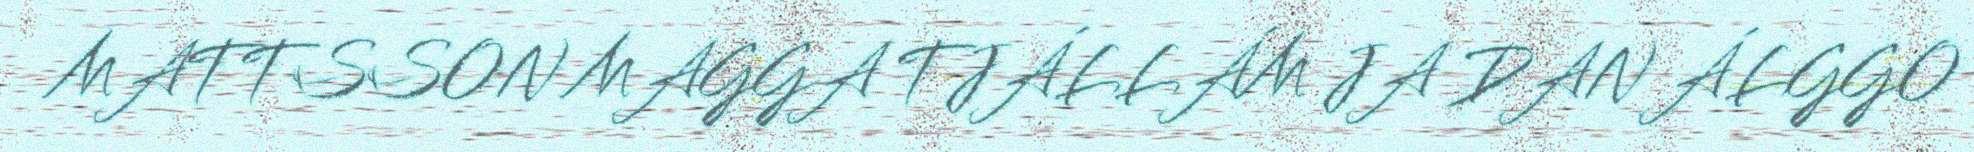
MATTSSON MAGGA TJÁLLÁM JA DAN ÁLGGO